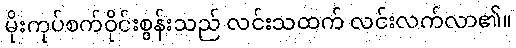
မိုးကုပ်စက်ဝိုင်းစွန်းသည် လင်းသထက် လင်းလက်လာ၏။